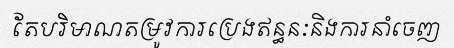
តែបរិមាណតម្រូវការប្រេងឥន្ធនៈនិងការនាំចេញ